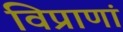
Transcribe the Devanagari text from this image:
विप्राणां